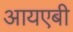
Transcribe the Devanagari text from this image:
आयएबी